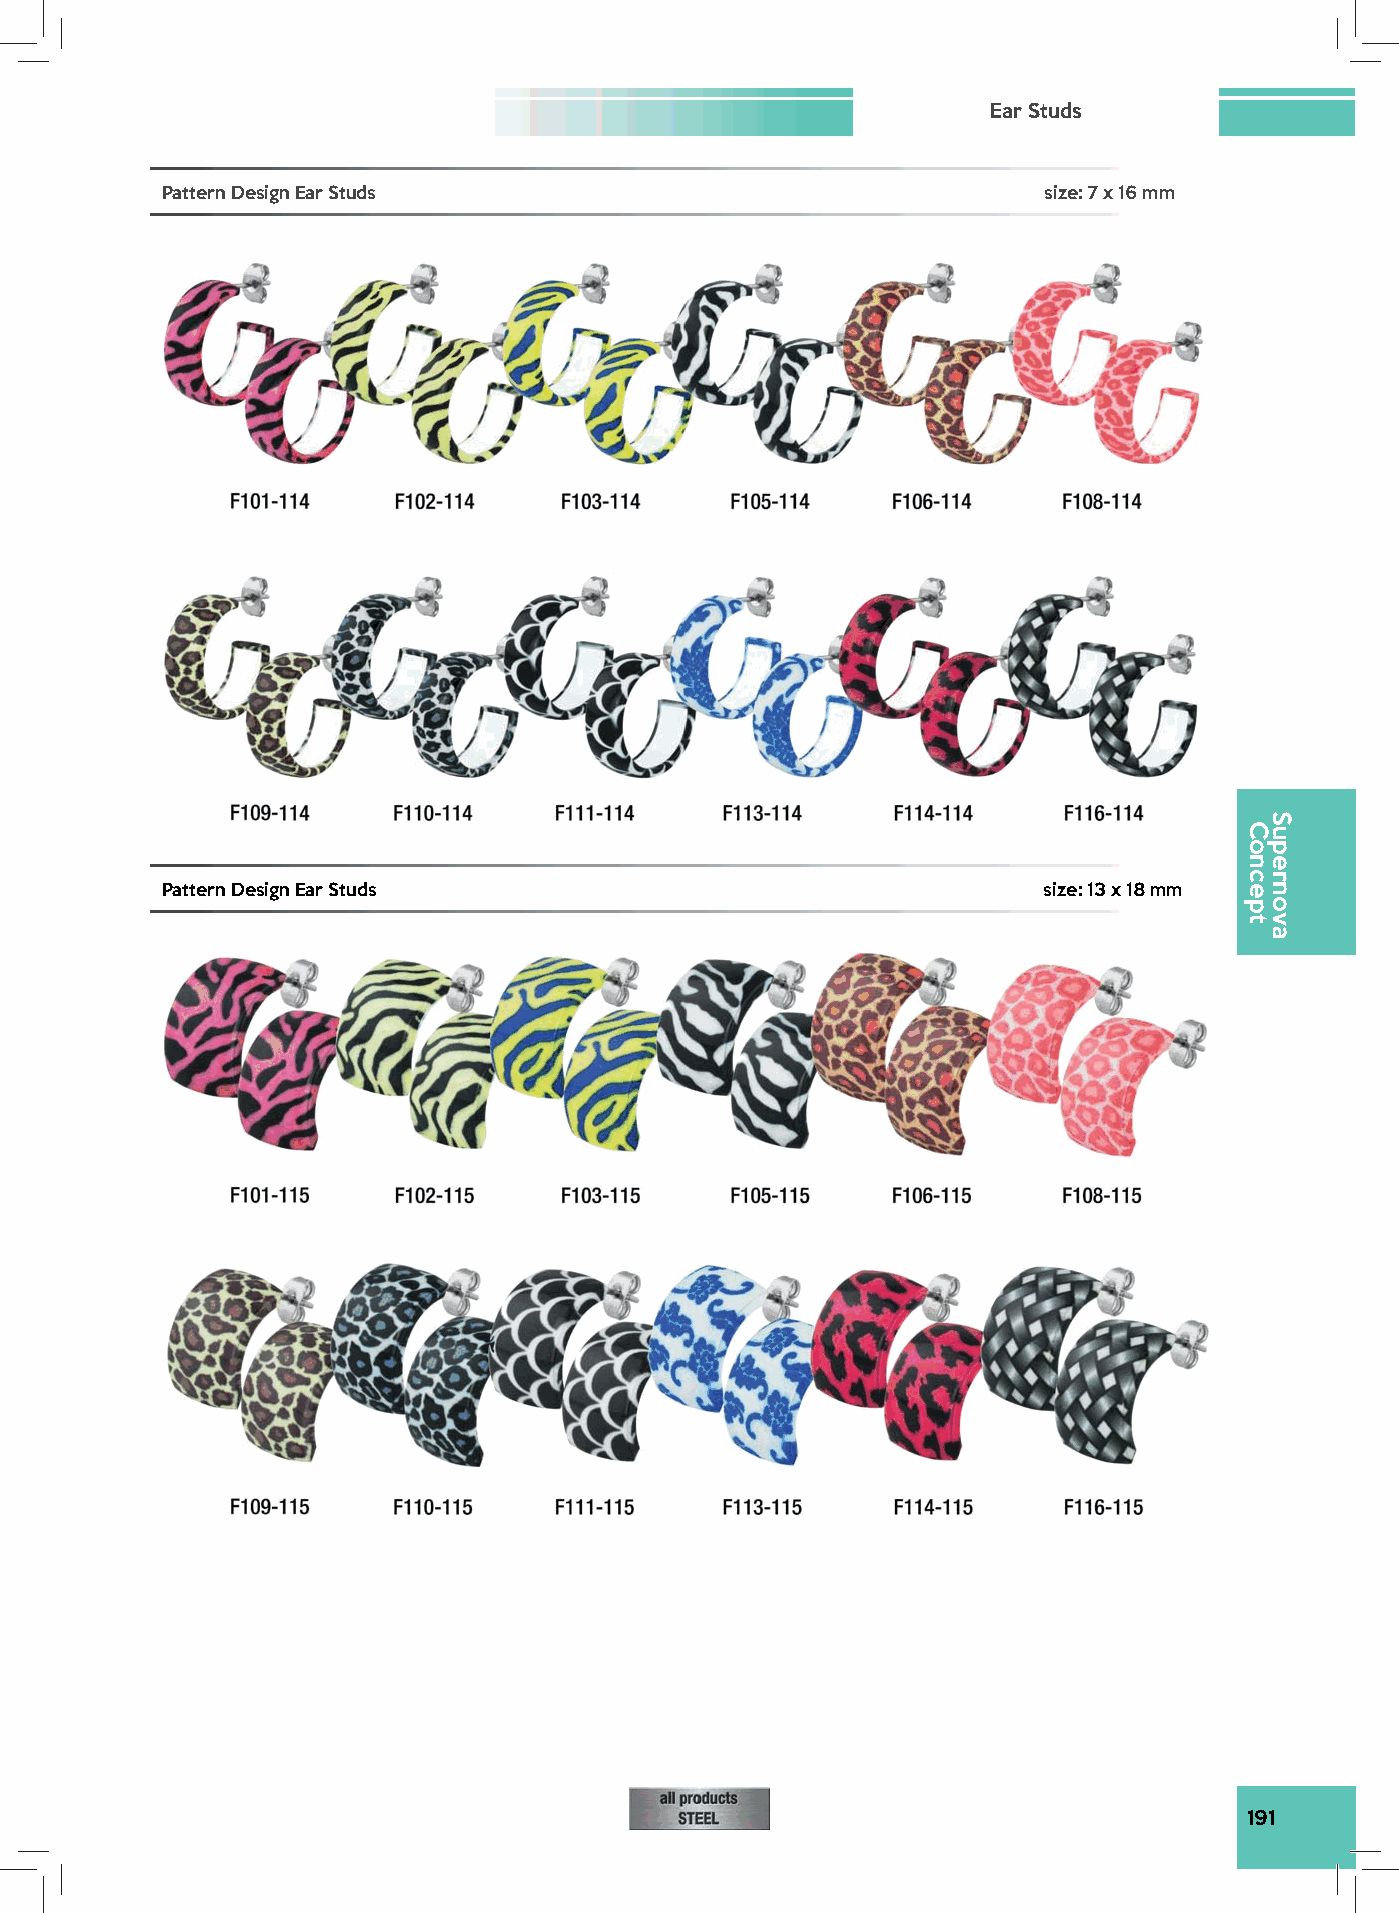
Ear Studs
 Pattern Design Ear Studs                                  size: 7 x 16 mm
 Pattern Design Ear Studs                                  size: 13 x 18 mm
 191
 Concept
 Supernova